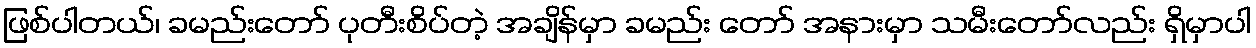
ဖြစ်ပါတယ်၊ ခမည်းတော် ပုတီးစိပ်တဲ့ အချိန်မှာ ခမည်း တော် အနားမှာ သမီးတော်လည်း ရှိမှာပါ